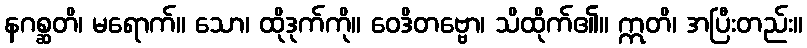
နဂစ္ဆတိ၊ မရောက်။ သော၊ ထိုဒုက်ကို။ ဝေဒိတဗ္ဗော၊ သိထိုက်၏။ ဣတိ၊ အပြီးတည်း။